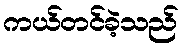
ကယ်တင်ခဲ့သည်